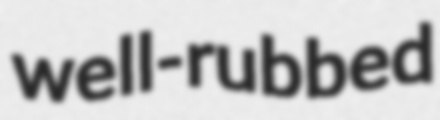
well-rubbed